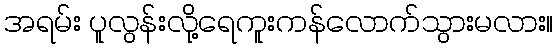
အရမ်း ပူလွန်းလို့ရေကူးကန်လောက်သွားမလား။